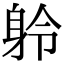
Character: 䠲